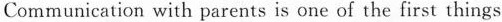
Communication with parents is one of the first things